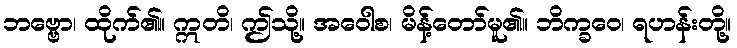
ဘဗ္ဗော၊ ထိုက်၏။ ဣတိ၊ ဤသို့။ အဝေါစ၊ မိန့်တော်မူ၏။ ဘိက္ခဝေ၊ ရဟန်းတို့။